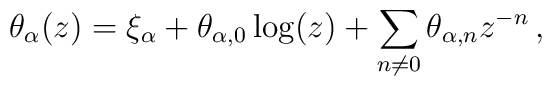
\theta_{\alpha}(z) = \xi_{\alpha} + \theta_{\alpha,0}\log(z)    + \sum_{n\neq 0}\theta_{\alpha,n}z^{-n}\,,